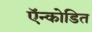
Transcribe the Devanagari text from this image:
ऍन्कोडित